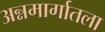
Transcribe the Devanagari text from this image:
अन्नमार्गातला